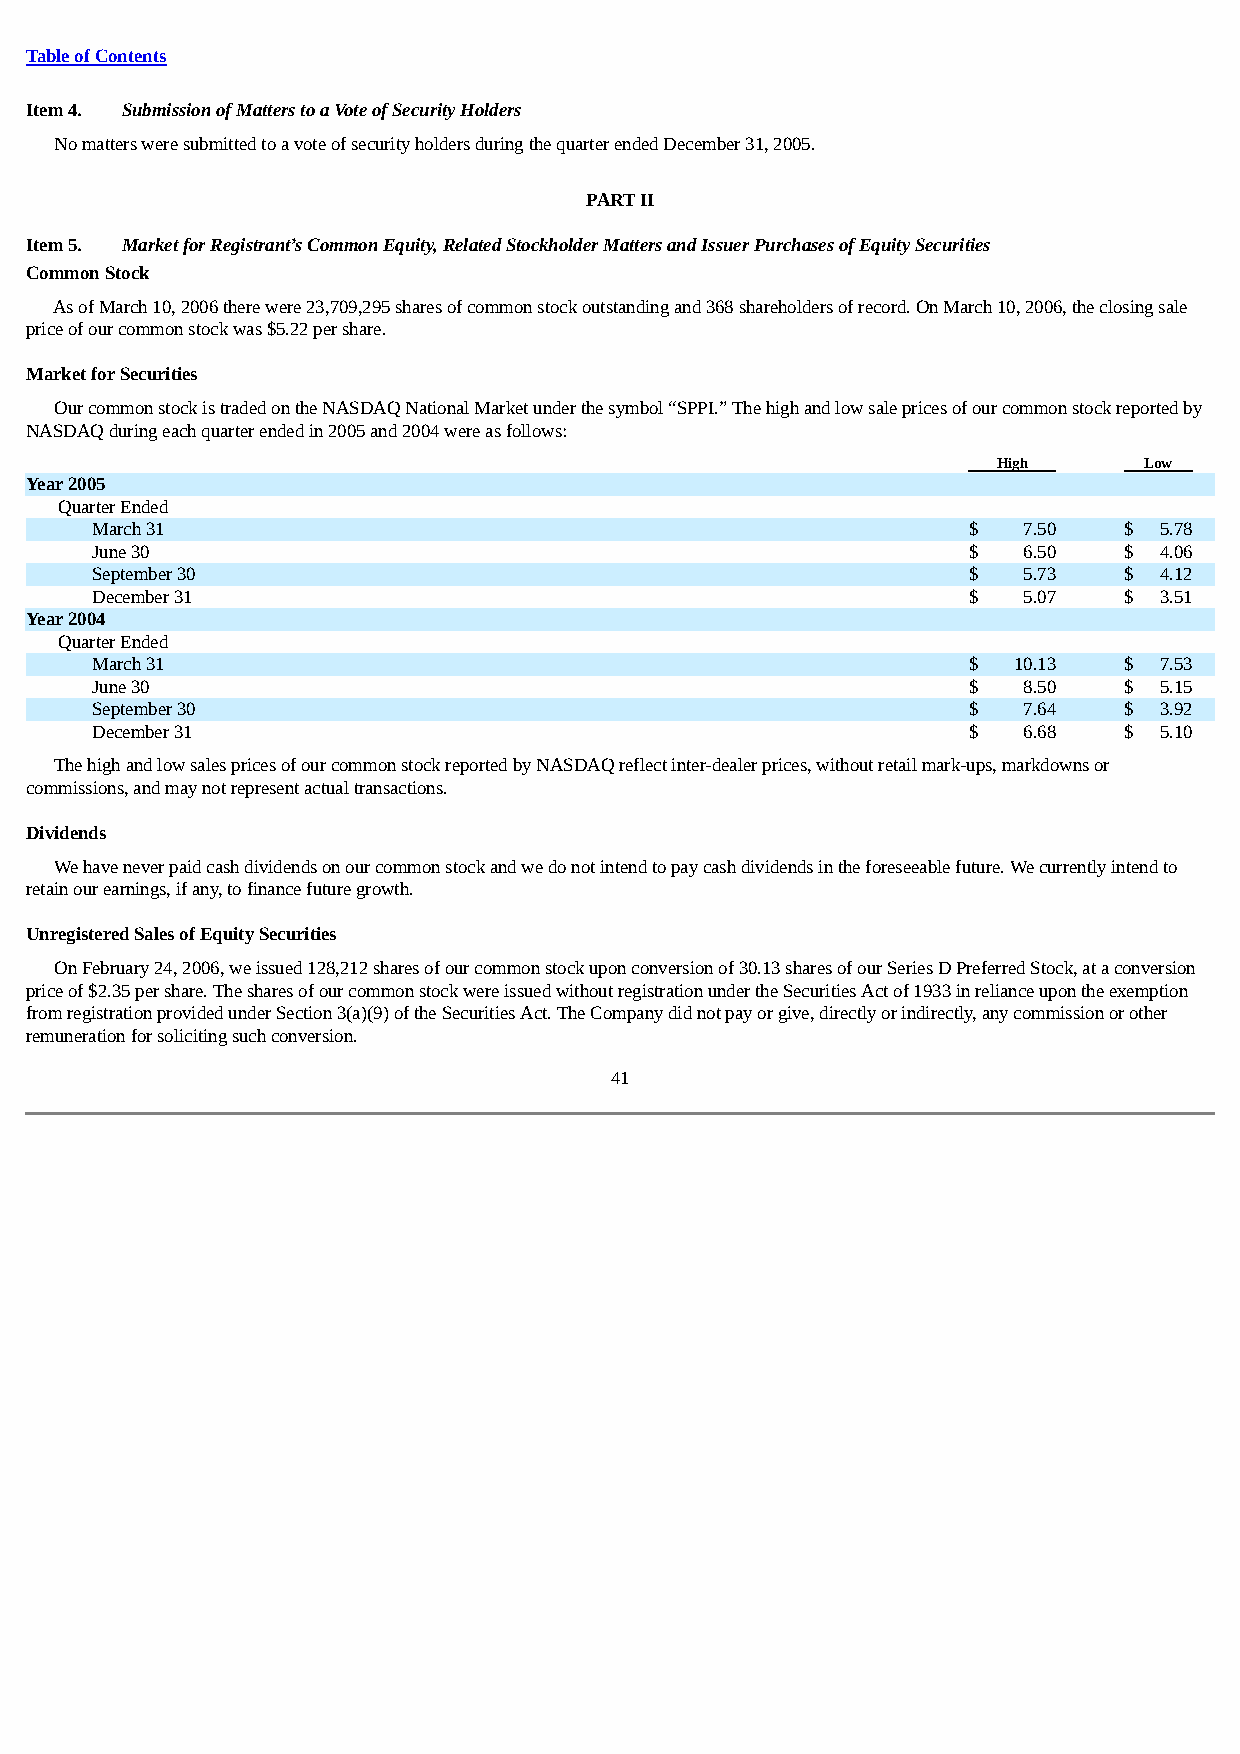
Table of Contents
 Item 4. Submission of Matters to a Vote of Security Holders
 No matters were submitted to a vote of security holders during the quarter ended December 31, 2005.
 PART II
 Item 5. Market for Registrant’s Common Equity, Related Stockholder Matters and Issuer Purchases of Equity Securities
 Common Stock
 As of March 10, 2006 there were 23,709,295 shares of common stock outstanding and 368 shareholders of record. On March 10, 2006, the closing sale
 price of our common stock was $5.22 per share.
 Market for Securities
 Our common stock is traded on the NASDAQ National Market under the symbol “SPPI.” The high and low sale prices of our common stock reported by
 NASDAQ during each quarter ended in 2005 and 2004 were as follows:
 Hig h     Lo w
 Year 2005
 Quarter Ended
 March 31                                                  $   7.50  $  5.78
 June 30                                                   $   6.50  $  4.06
 September 30                                              $   5.73  $  4.12
 December 31                                               $   5.07  $  3.51
 Year 2004
 Quarter Ended
 March 31                                                  $  10.13  $  7.53
 June 30                                                   $   8.50  $  5.15
 September 30                                              $   7.64  $  3.92
 December 31                                               $   6.68  $  5.10
 The high and low sales prices of our common stock reported by NASDAQ reflect inter-dealer prices, without retail mark-ups, markdowns or
 commissions, and may not represent actual transactions.
 Dividends
 We have never paid cash dividends on our common stock and we do not intend to pay cash dividends in the foreseeable future. We currently intend to
 retain our earnings, if any, to finance future growth.
 Unregistered Sales of Equity Securities
 On February 24, 2006, we issued 128,212 shares of our common stock upon conversion of 30.13 shares of our Series D Preferred Stock, at a conversion
 price of $2.35 per share. The shares of our common stock were issued without registration under the Securities Act of 1933 in reliance upon the exemption
 from registration provided under Section 3(a)(9) of the Securities Act. The Company did not pay or give, directly or indirectly, any commission or other
 remuneration for soliciting such conversion.
 41